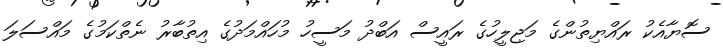
ސޮޔާއެކު ރައްޔިތުންގެ މަޖިލީހުގެ ރައީސް އަބްދު މަސީހު މުހައްމަދުގެ އިތުބާރު ނެތްކަމުގެ މައްސަލަ